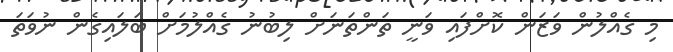
މި ގެއްލުން ވަޒަން ކޮށްފައި ވަނީ ތަންތަނަށް ލިބުނު ގެއްލުމަށް ބަލައިގެން ނުވަތަ